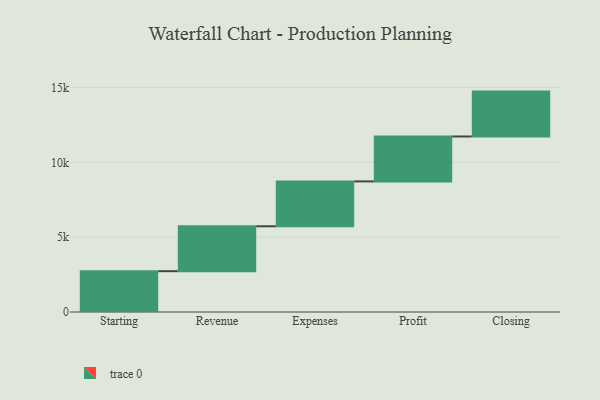
{"axis": {"x": "Step", "y": "Value"}, "legend": [""], "data": [{"x": "Starting", "y": 2728.0, "type": ""}, {"x": "Revenue", "y": 3000, "type": ""}, {"x": "Expenses", "y": 3000, "type": ""}, {"x": "Profit", "y": 3000, "type": ""}, {"x": "Closing", "y": 3000, "type": ""}]}